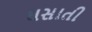
ઘસાતી